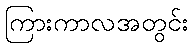
ကြားကာလအတွင်း